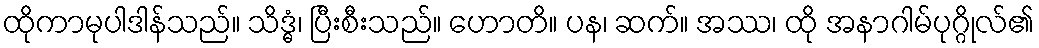
ထိုကာမုပါဒါန်သည်။ သိဒ္ဓံ၊ ပြီးစီးသည်။ ဟောတိ။ ပန၊ ဆက်။ အဿ၊ ထို အနာဂါမ်ပုဂ္ဂိုလ်၏